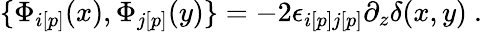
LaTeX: \{ {\Phi}_{i[p]}(x),{\Phi}_{j[p]}(y)\} =-2{\epsilon}_{i[p]j[p]}\partial_{z}{\delta}(x,y)\ .